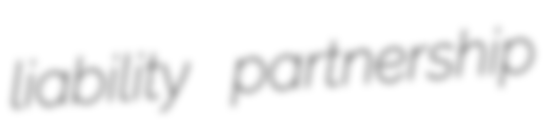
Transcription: liability partnership